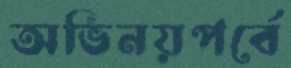
অভিনয়পর্বে